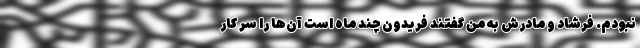
نبودم. فرشاد و مادرش به من گفتند فریدون چند ماه است آن‌ها را سر کار